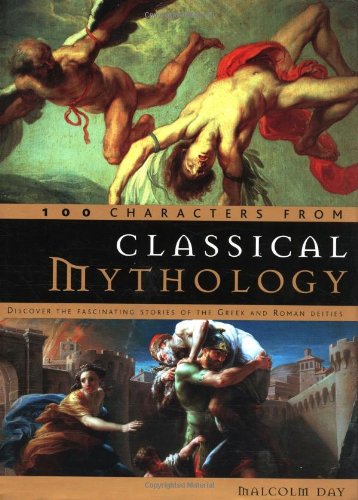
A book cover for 100 Characters from Classical Mythology: Discover the Fascinating Stories of the Greek and Roman Deities; Malcolm Day; Politics & Social Sciences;